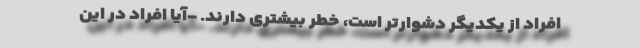
افراد از یکدیگر دشوارتر است، خطر بیشتری دارند. -آیا افراد در این